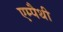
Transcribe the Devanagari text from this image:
एम्पैथी